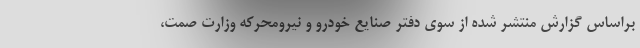
براساس گزارش منتشر شده از سوی دفتر صنایع خودرو و نیرومحرکه وزارت صمت،